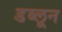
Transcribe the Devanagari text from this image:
डब्लून